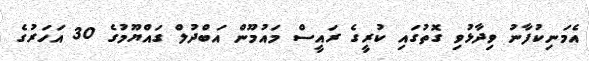
އެމަނިކުފާނު ވިދާޅުވި ގޮތުގައި ކުރީގެ ރައީސް މައުމޫން އަބްދުލް ގައްޔޫމުގެ 30 އަހަރުގެ